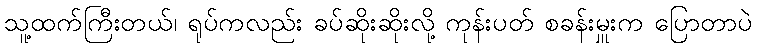
သူ့ထက်ကြီးတယ်၊ ရုပ်ကလည်း ခပ်ဆိုးဆိုးလို့ ကုန်းပတ် စခန်းမှူးက ပြောတာပဲ